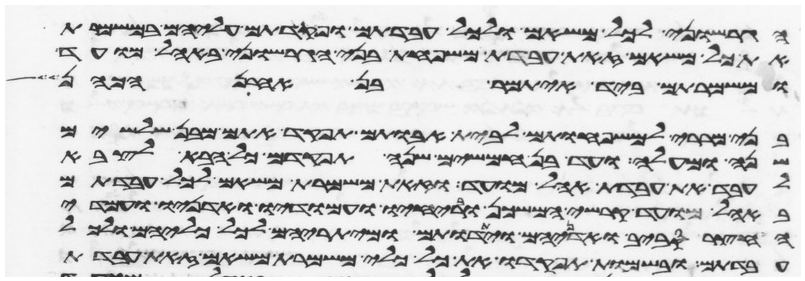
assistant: הגרשוני לכל משאם ולכל עבדתם ופקדתם עליהם במשמרת
את כל משאם זאת עבדת משפחת בני הגרשוני באהל מועד
ומשמרתם ביד איתמר בן אהרן
בני מררי למשפחותם לבית אבותם תפקד אתם מבן שלשים
שנה ומעלה ועד בן חמשים שנה תפקדם כל הבא לצבא
לעבד את עבדת אהל מועד וזאת משמרת משאם לכל עבדתם
באהל מועד קרשי המשכן ובריחיו ועמודיו ואדניו ועמודי
החצר סביב ואדניהם ויתדתם ומיתריהם לכל כליהם ולכל
עבדתם ובשמות תפקדו את כל כלי משמרת משאם זאת עבדת